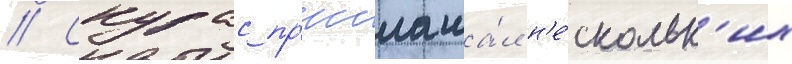
// Скурас пр'иглаша́л н'е́скольк'их